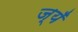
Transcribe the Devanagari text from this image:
ज्यँ